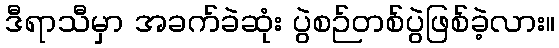
ဒီရာသီမှာ အခက်ခဲဆုံး ပွဲစဉ်တစ်ပွဲဖြစ်ခဲ့လား။